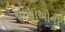
શાખાઓનો